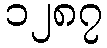
၁၂၈၇